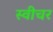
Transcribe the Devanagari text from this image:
स्वीचर